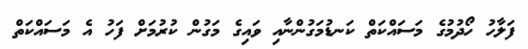
ފަލާހު ހޯދުމުގެ މަސައްކަތް ކަނޑުމަގުންނާއި ވައިގެ މަގުން ކުރުމަށް ފަހު އެ މަސައްކަތް